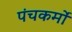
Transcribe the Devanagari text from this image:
पंचकर्मों